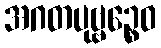
အဂတပုဗ္ဗဉ္စေဝ